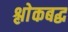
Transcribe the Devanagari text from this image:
श्लाेकबद्ध